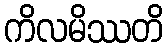
ကိလမိဿတိ